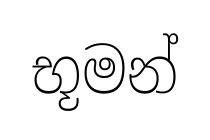
භූමන්